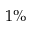
1 \%